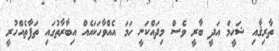
ތާރިޤާއި ޝަހީމް އަދީ ބާރީ ވެސް މިދައްކަނީ ހަމަ އެއްވާހަކައެއް އިބާރާތުގައި ތަފާތެއްހުރީ